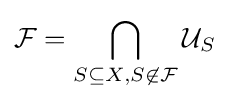
{\mathcal {F}}=\bigcap _{S\subseteq X,S\not \in {\mathcal {F}}}{\mathcal {U}}_{S}